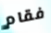
فقام